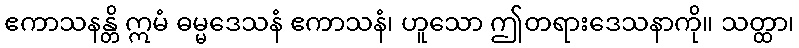
ဧကာသနန္တိ ဣမံ ဓမ္မဒေသနံ ဧကာသနံ၊ ဟူသော ဤတရားဒေသနာကို။ သတ္ထာ၊